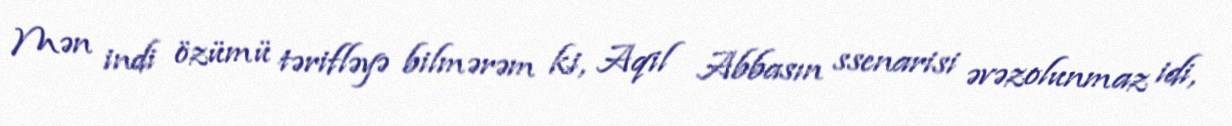
Mən indi özümü tərifləyə bilmərəm ki, Aqil Abbasın ssenarisi əvəzolunmaz idi,